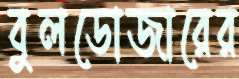
বুলডোজারের